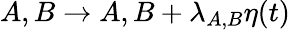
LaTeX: A,B\rightarrow A,B+\lambda_{A,B}\eta(t)